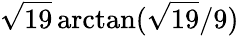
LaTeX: {\sqrt{19}}\arctan({{\sqrt{19}}/9})